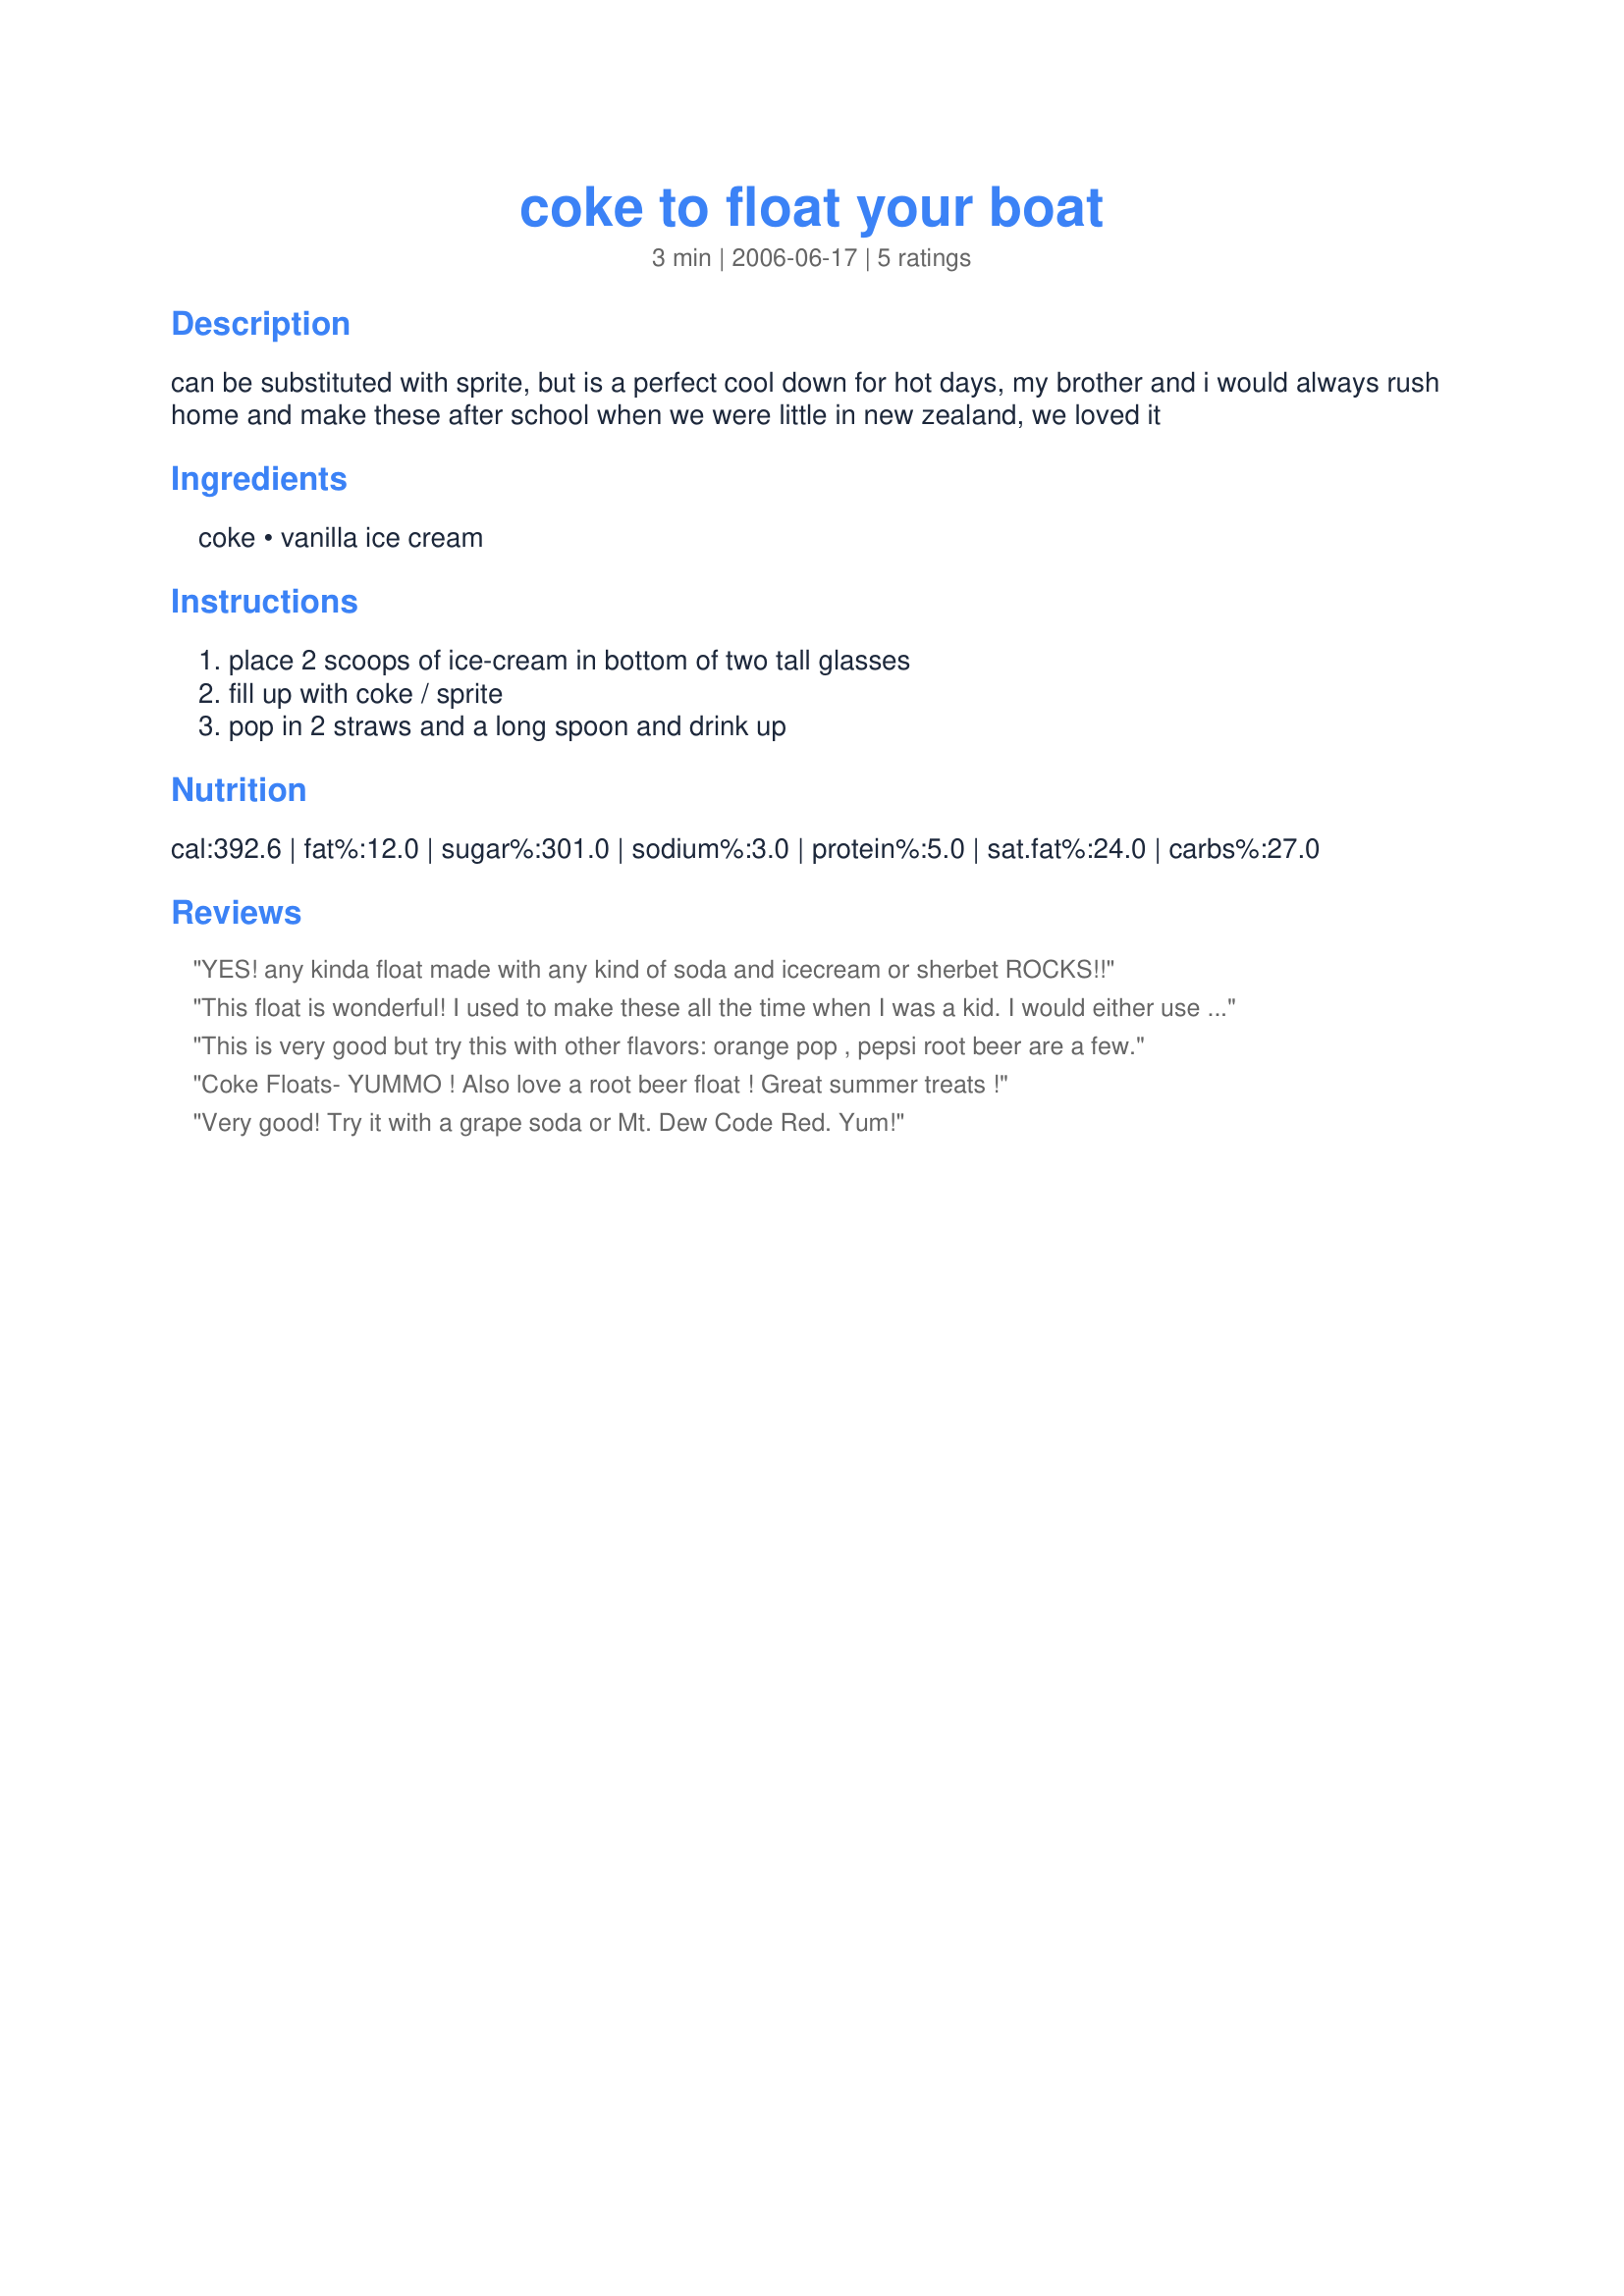
coke to float your boat
Preparation time: 3 minutes

can be substituted with sprite, but is a perfect cool down for hot days, my brother and i would always rush home and make these after school when we were little in new zealand, we loved it

Ingredients:
coke, vanilla ice cream

Steps:
place 2 scoops of ice-cream in bottom of two tall glasses, fill up with coke / sprite, pop in 2 straws and a long spoon and drink up

Reviews:
YES! any kinda float made with any kind of soda and icecream or sherbet ROCKS!!
This float is wonderful! I used to make these all the time when I was a kid. I would either use Coke, Pepsi or Root Beer with vanilla ice cream. I always used a straw and a long handled spoon, just like Perfect Pixie's directions ; )
This is very good but try this with other flavors: orange pop , pepsi root beer are a few.
Coke Floats- YUMMO ! Also love a root beer float ! Great summer treats !
Very good! Try it with a grape soda or Mt. Dew Code Red. Yum!
